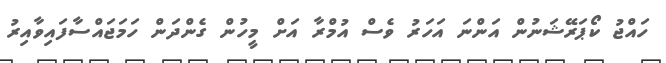
ހައްޖު ކޯޕަރޭޝަނުން އަންނަ އަހަރު ވެސް އުމްރާ އަށް މީހުން ގެންދަން ހަމަޖައްސާފައިވާއިރު